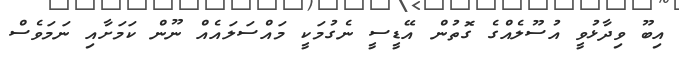
އިބޫ ވިދާޅުވީ އުސޫލެއްގެ ގޮތުން އޭޑީސީ ނެގުމަކީ މައްސަލައެއް ނޫން ކަމަށާއި ނަމަވެސް